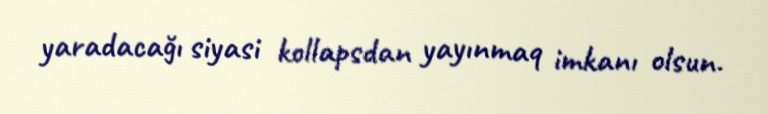
yaradacağı siyasi kollapsdan yayınmaq imkanı olsun.